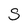
Character: S